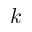
k